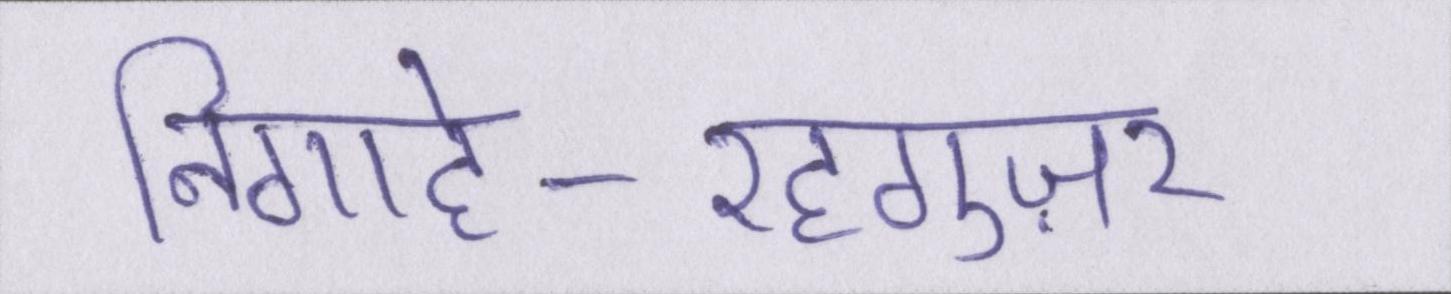
निगाहे-रहगुज़र